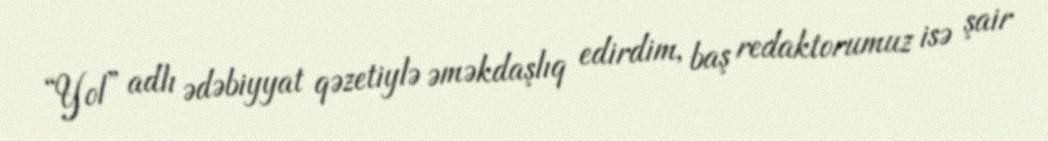
“Yol” adlı ədəbiyyat qəzetiylə əməkdaşlıq edirdim, baş redaktorumuz isə şair